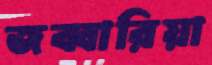
জব্বারিয়া